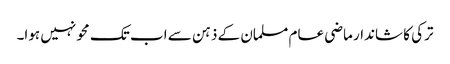
ترکی کا شاندار ماضی عام مسلمان کے ذہن سے اب تک محو نہیں ہوا۔